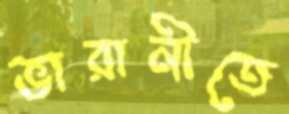
ভারানীতে